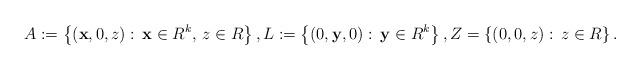
LaTeX: \begin{align*}A:=\left\{({\bf {x}}, 0, z):\, {\bf x}\in R^k,\, z \in R\right\}, L:=\left\{(0, {\bf y}, 0):\, {\bf y}\in R^k\right\}, Z= \left\{(0, 0, z):\, z \in R \right\}.\end{align*}